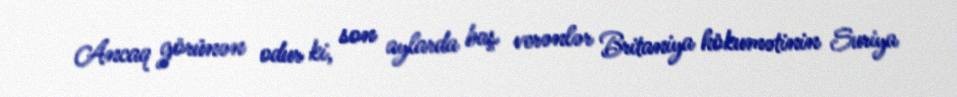
Ancaq görünən odur ki, son aylarda baş verənlər Britaniya hökumətinin Suriya